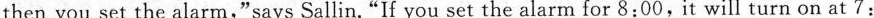
then you set the alarm,"says Sallin."If you set the alarm for 8:00,it will turn on at 7: